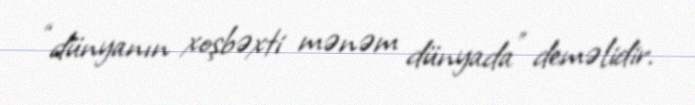
“dünyanın xoşbəxti mənəm dünyada” deməlidir.